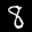
Label: 8